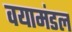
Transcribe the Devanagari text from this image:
वयामंडल